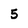
Character: 5